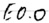
Text: E0.0